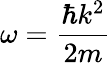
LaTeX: \omega={\frac{\hbar k^{2}}{2m}}